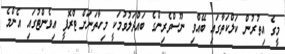
މީގެ އިތުރުން ކަލްކަތާގައި ބޭއްވި ނޫސްވެރިންގެ ބައްދަލުވުމަކީ މިހާތަނަށް ޓްރޮފީ އިވެންޓުގައި އެންމެ